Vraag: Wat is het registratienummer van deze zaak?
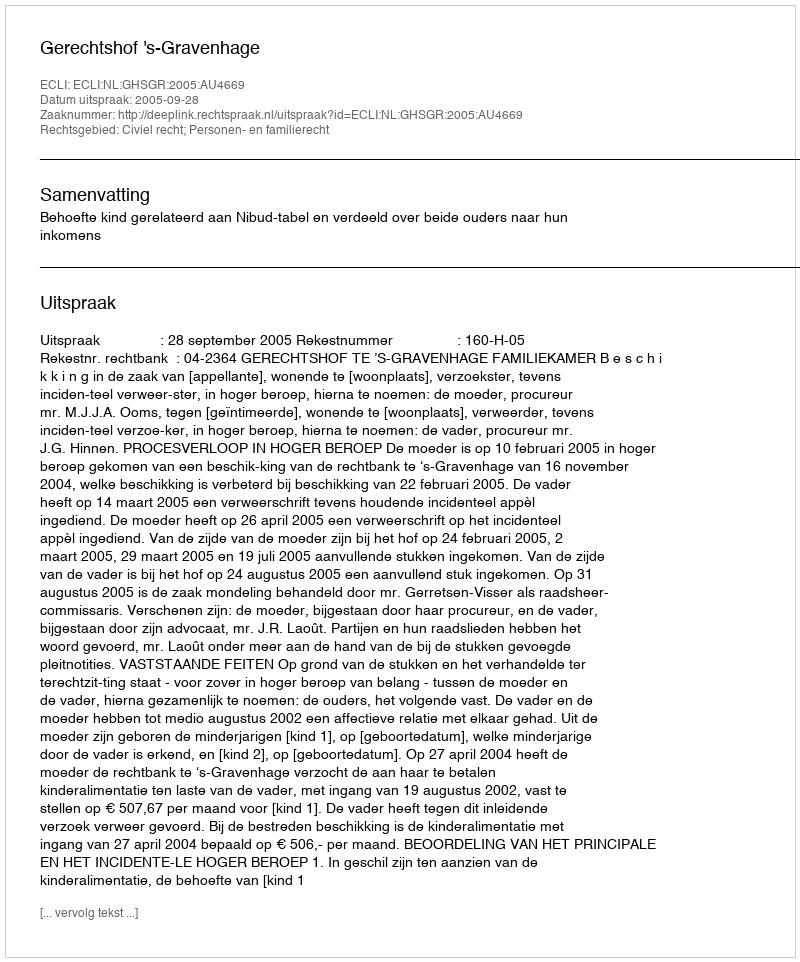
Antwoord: http://deeplink.rechtspraak.nl/uitspraak?id=ECLI:NL:GHSGR:2005:AU4669